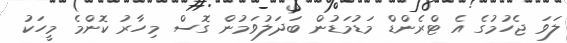
ލަވަ ޖެހުމުގެ އެ ޓްރެންޑް މަޑުމަޑުން ބަދަލުވަމުން ގޮސް މިހާރު ކޮންމެ މީހަކު